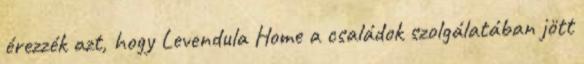
érezzék azt, hogy Levendula Home a családok szolgálatában jött